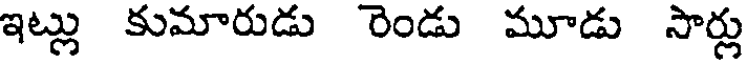
ఇట్లు కుమారుడు రెండు మూడు సార్లు